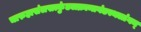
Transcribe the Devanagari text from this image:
चारुहासंलसत्कुंडलक्रान्तगंडस्थलांगम्‌